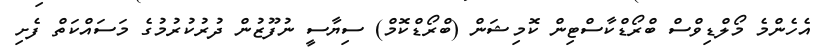
އެހެންމެ މޯލްޑިވްސް ބްރޯޑްކާސްޓިން ކޮމިޝަން (ބްރޯޑްކޮމް) ސިޔާސީ ނުފޫޒުން ދުރުކުރުމުގެ މަސައްކަތް ފެށި